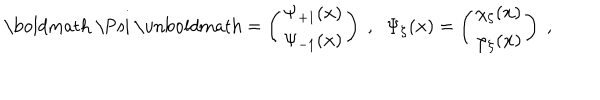
LaTeX: \mathrm { \boldmath ~ \Psi ~ \ u n b o l d m a t h } = \left( \begin{array} { c } { { \Psi _ { + 1 } ( { \bf x } ) } } \\ { { \Psi _ { - 1 } ( { \bf x } ) } } \\ \end{array} \right) \; , \; \; \Psi _ { \zeta } ( { \bf x } ) = \left( \begin{array} { c } { { \chi _ { \zeta } ( { \bf x } ) } } \\ { { \varphi _ { \zeta } ( { \bf x } ) } } \\ \end{array} \right) \; ,